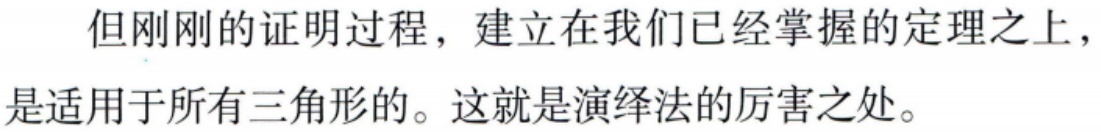
但刚刚的证明过程，建立在我们已经掌握的定理之上，是适用于所有三角形的。这就是演绎法的厉害之处。